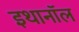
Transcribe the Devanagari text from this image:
इथानॉल